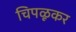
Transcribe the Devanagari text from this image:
चिपळूकर